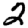
Digit: 2